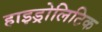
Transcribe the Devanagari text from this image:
हाइड्रोलिटिक